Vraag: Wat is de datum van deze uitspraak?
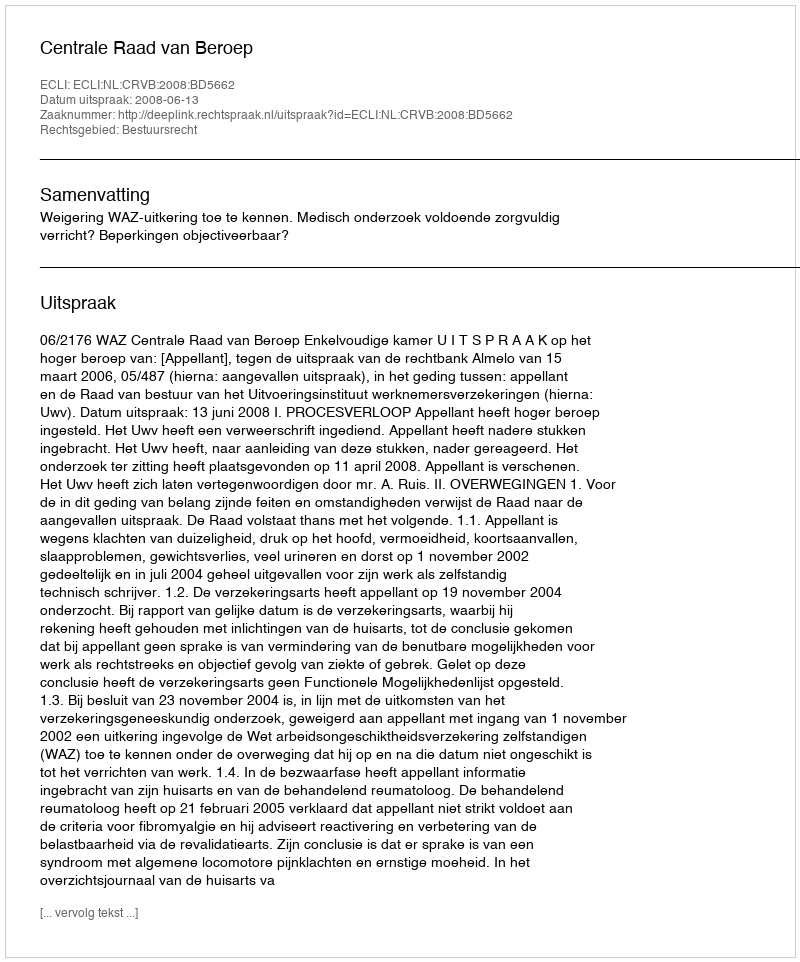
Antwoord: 2008-06-13